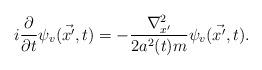
LaTeX: \begin{align*}i \frac{\partial}{\partial t} \psi_v ( \vec {x'}, t) = - \frac{{\nabla}^2_{x'}}{2 a^2(t) m} \psi_v ( \vec {x'}, t).\end{align*}